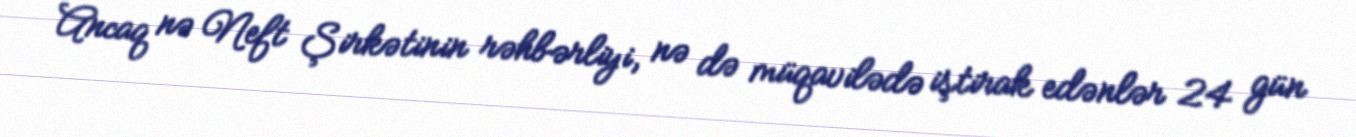
Ancaq nə Neft Şirkətinin rəhbərliyi, nə də müqavilədə iştirak edənlər 24 gün